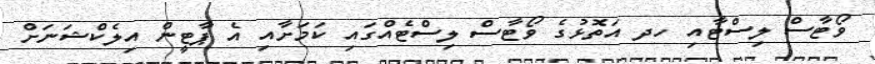
ވޯޓާސް ލިސްޓާއި ހދ އަތޮޅުގެ ވޯޓާސް ލިސްޓެއްގައި ކަމަށާއި އެ ޕާޓީން އިލެކްޝަނަށް